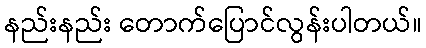
နည်းနည်း တောက်ပြောင်လွန်းပါတယ်။